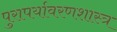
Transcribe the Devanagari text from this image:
पुरापर्यावरणशास्त्र